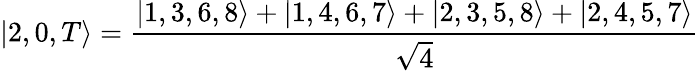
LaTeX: |2,0,T\rangle=\frac{|1,3,6,8\rangle+|1,4,6,7\rangle+|2,3,5,8\rangle+|2,4,5,7\rangle}{\sqrt{4}}